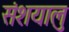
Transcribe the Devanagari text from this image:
संशयालु